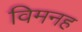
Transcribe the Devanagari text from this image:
विमनह